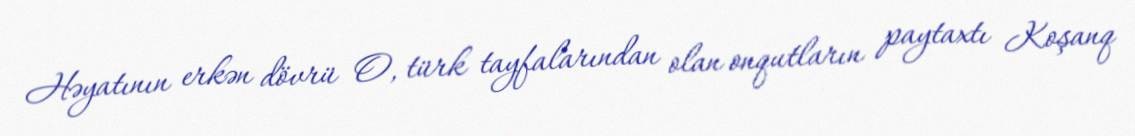
Həyatının erkən dövrü O, türk tayfalarından olan onqutların paytaxtı Koşanq